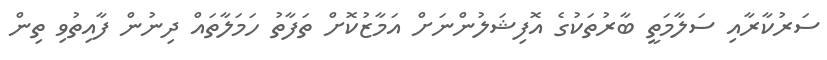
ސަރުކާރާއި ސަލާމަތީ ބާރުތަކުގެ އޮފިޝަލުންނަށް އަމާޒުކޮށް ތަފާތު ހަމަލާތައް ދިނުން ފާއިތުވި ތިން